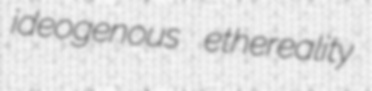
ideogenous ethereality